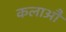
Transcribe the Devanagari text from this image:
कलाऔ